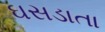
ઘસડાતા